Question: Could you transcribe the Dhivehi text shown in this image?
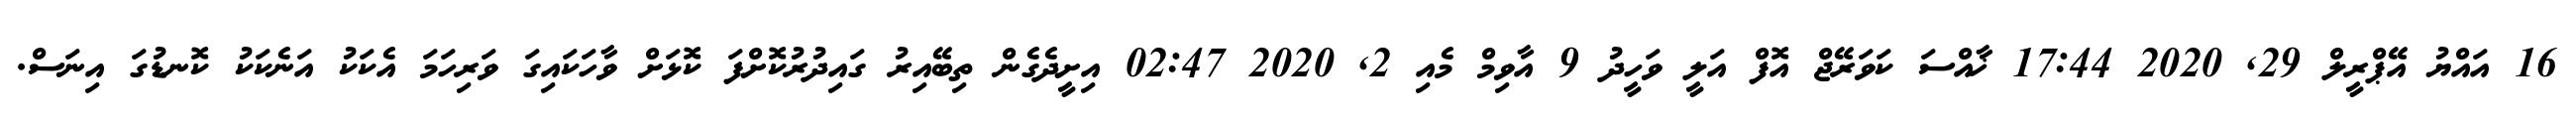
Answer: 16 އައްޔު އޭޕްރީލް 29, 2020 17:44 ޚާއްސަ ކަވަރޭޖް އޮފް އަލީ ވަހީދު 9 އާވިމް މެއި 2, 2020 02:47 އިށީދެގެން ތިބޭއިރު ގައިދުރުކޮށްފަ ކޮޅަށް ވާހަކައިގަ ވަރިހަމަ އެކަކު އަނެކަކު ކޮނޑުގަ އިނަސް.